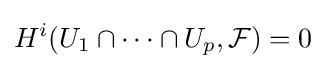
H^{i}(U_{1}\cap \dots \cap U_{p},{\mathcal {F}})=0